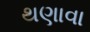
થણાવા